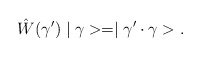
\begin{align*}\hat{W}(\gamma')\mid \gamma> = \mid \gamma'\cdot \gamma>.\end{align*}